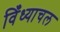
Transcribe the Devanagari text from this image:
विँध्याचल